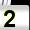
Digit: 2